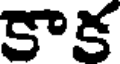
కాక